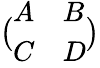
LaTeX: \big(\begin{array}{ll}{A}&{B}\\ {C}&{D}\end{array}\big)